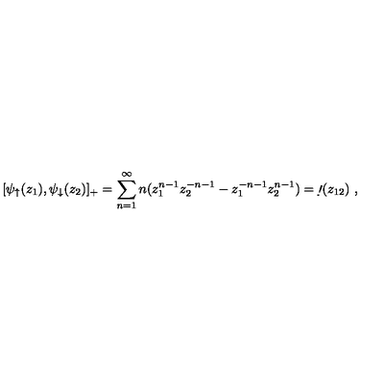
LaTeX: [ \psi _ { \uparrow } ( z _ { 1 } ) , \psi _ { \downarrow } ( z _ { 2 } ) ] _ { + } = \sum _ { n = 1 } ^ { \infty } n ( z _ { 1 } ^ { n - 1 } z _ { 2 } ^ { - n - 1 } - z _ { 1 } ^ { - n - 1 } z _ { 2 } ^ { n - 1 } ) = \d ^ { \prime } ( z _ { 1 2 } ) \ ,